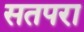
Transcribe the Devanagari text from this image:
सतपरा